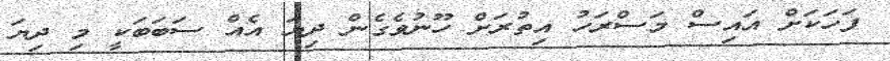
ފަހަކަށް އައިސް މަސްރަހު އިތުރަށް ހޫނުވެގެން ދިޔަ އެއް ސަބަބަކީ މި ދިޔަ